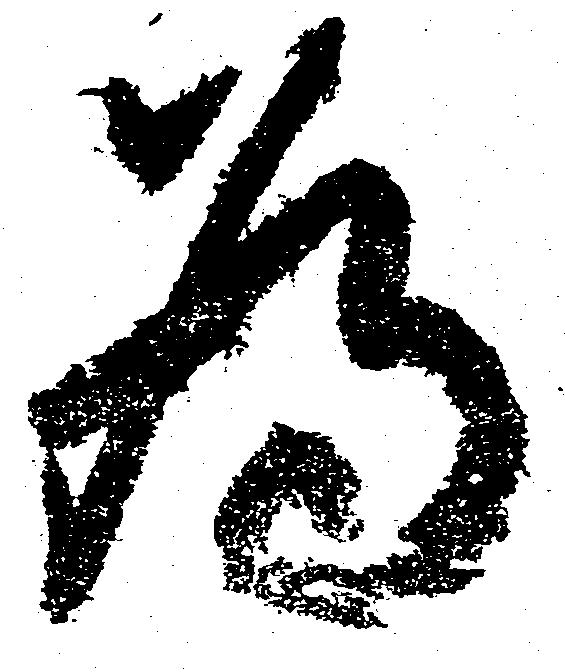
為